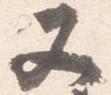
又